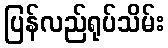
ပြန်လည်ရုပ်သိမ်း